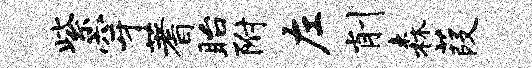
紫穿蓍眙附左削森葭